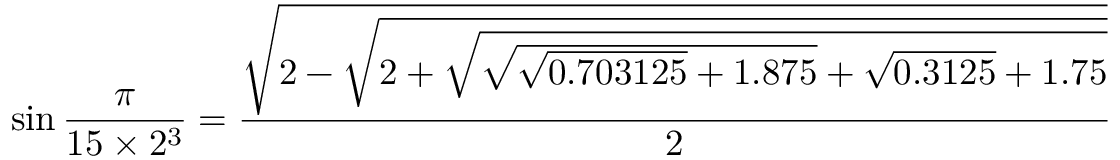
\sin { \frac { \pi } { 1 5 \times 2 ^ { 3 } } } = { \frac { \sqrt { 2 - { \sqrt { 2 + { \sqrt { { \sqrt { { \sqrt { 0 . 7 0 3 1 2 5 } } + 1 . 8 7 5 } } + { \sqrt { 0 . 3 1 2 5 } } + 1 . 7 5 } } } } } } { 2 } }